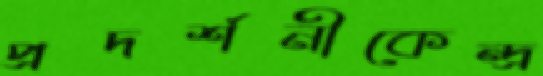
প্রদর্শনীকেন্দ্র